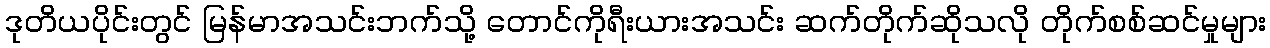
ဒုတိယပိုင်းတွင် မြန်မာအသင်းဘက်သို့ တောင်ကိုရီးယားအသင်း ဆက်တိုက်ဆိုသလို တိုက်စစ်ဆင်မှုများ